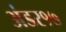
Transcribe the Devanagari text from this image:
अंडर१७